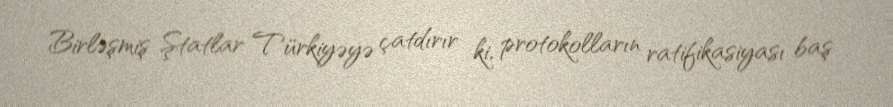
Birləşmiş Ştatlar Türkiyəyə çatdırır ki, protokolların ratifikasiyası baş